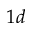
1 d